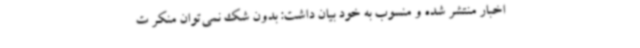
اخبار منتشر شده و منسوب به خود بیان داشت: بدون شک نمی‌توان منکر ت